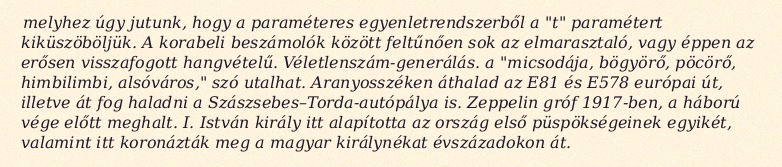
melyhez úgy jutunk, hogy a paraméteres egyenletrendszerből a "t" paramétert kiküszöböljük. A korabeli beszámolók között feltűnően sok az elmarasztaló, vagy éppen az erősen visszafogott hangvételű. Véletlenszám-generálás. a "micsodája, bögyörő, pöcörő, himbilimbi, alsóváros," szó utalhat. Aranyosszéken áthalad az E81 és E578 európai út, illetve át fog haladni a Szászsebes–Torda-autópálya is. Zeppelin gróf 1917-ben, a háború vége előtt meghalt. I. István király itt alapította az ország első püspökségeinek egyikét, valamint itt koronázták meg a magyar királynékat évszázadokon át.